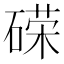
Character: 𰧓